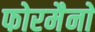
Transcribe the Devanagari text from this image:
फोरमैनाें